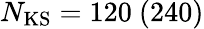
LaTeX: N_{\mathrm{KS}}=120\ (240)